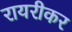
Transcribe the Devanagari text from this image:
रायरीकर